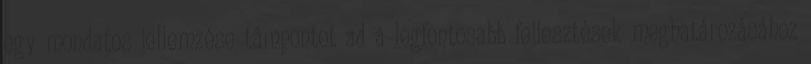
egy mondatos jellemzése támpontot ad a legfontosabb fejlesztések meghatározásához